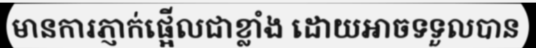
មានការភ្ញាក់ផ្អើលជាខ្លាំង ដោយអាចទទួលបាន